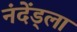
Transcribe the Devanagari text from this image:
नंदेंड्ला